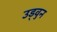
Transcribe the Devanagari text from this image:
उड्वुन